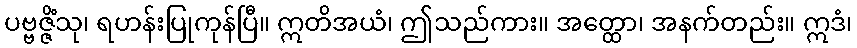
ပဗ္ဗဇ္ဇိံသု၊ ရဟန်းပြုကုန်ပြီ။ ဣတိအယံ၊ ဤသည်ကား။ အတ္ထော၊ အနက်တည်း။ ဣဒံ၊